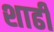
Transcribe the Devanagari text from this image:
शाढी